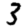
Digit: 3